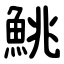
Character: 鮡